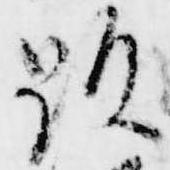
顕